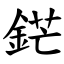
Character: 鋩